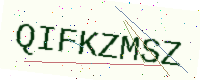
Text: QIFKZMSZ